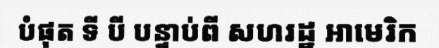
បំផុត ទី បី បន្ទាប់ពី សហរដ្ឋ អាមេរិក